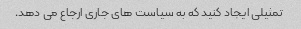
تمثیلی ایجاد کنید که به سیاست های جاری ارجاع می دهد.